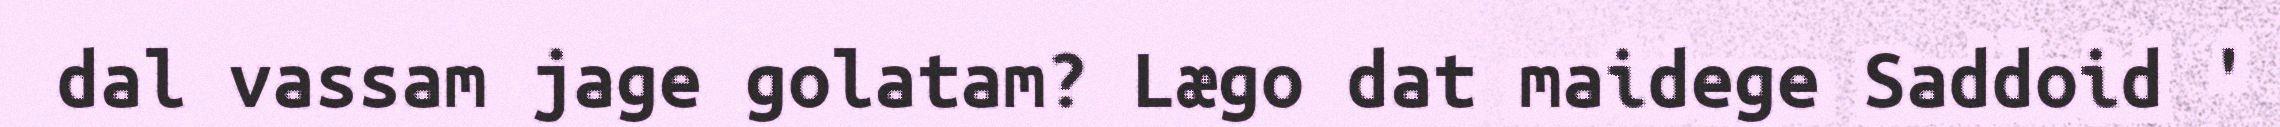
dal vassam jage golatam? Lægo dat maidege Saddoid '